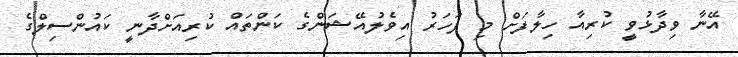
އޭނާ ވިދާޅުވީ ކުރިއާ ހިލާފަށް މި ފަހަރު އިވެލުއޭޝަންގެ ކަންތައް ކުރިއަށްދާނީ ކައުންސިލްގެ